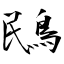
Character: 鴖